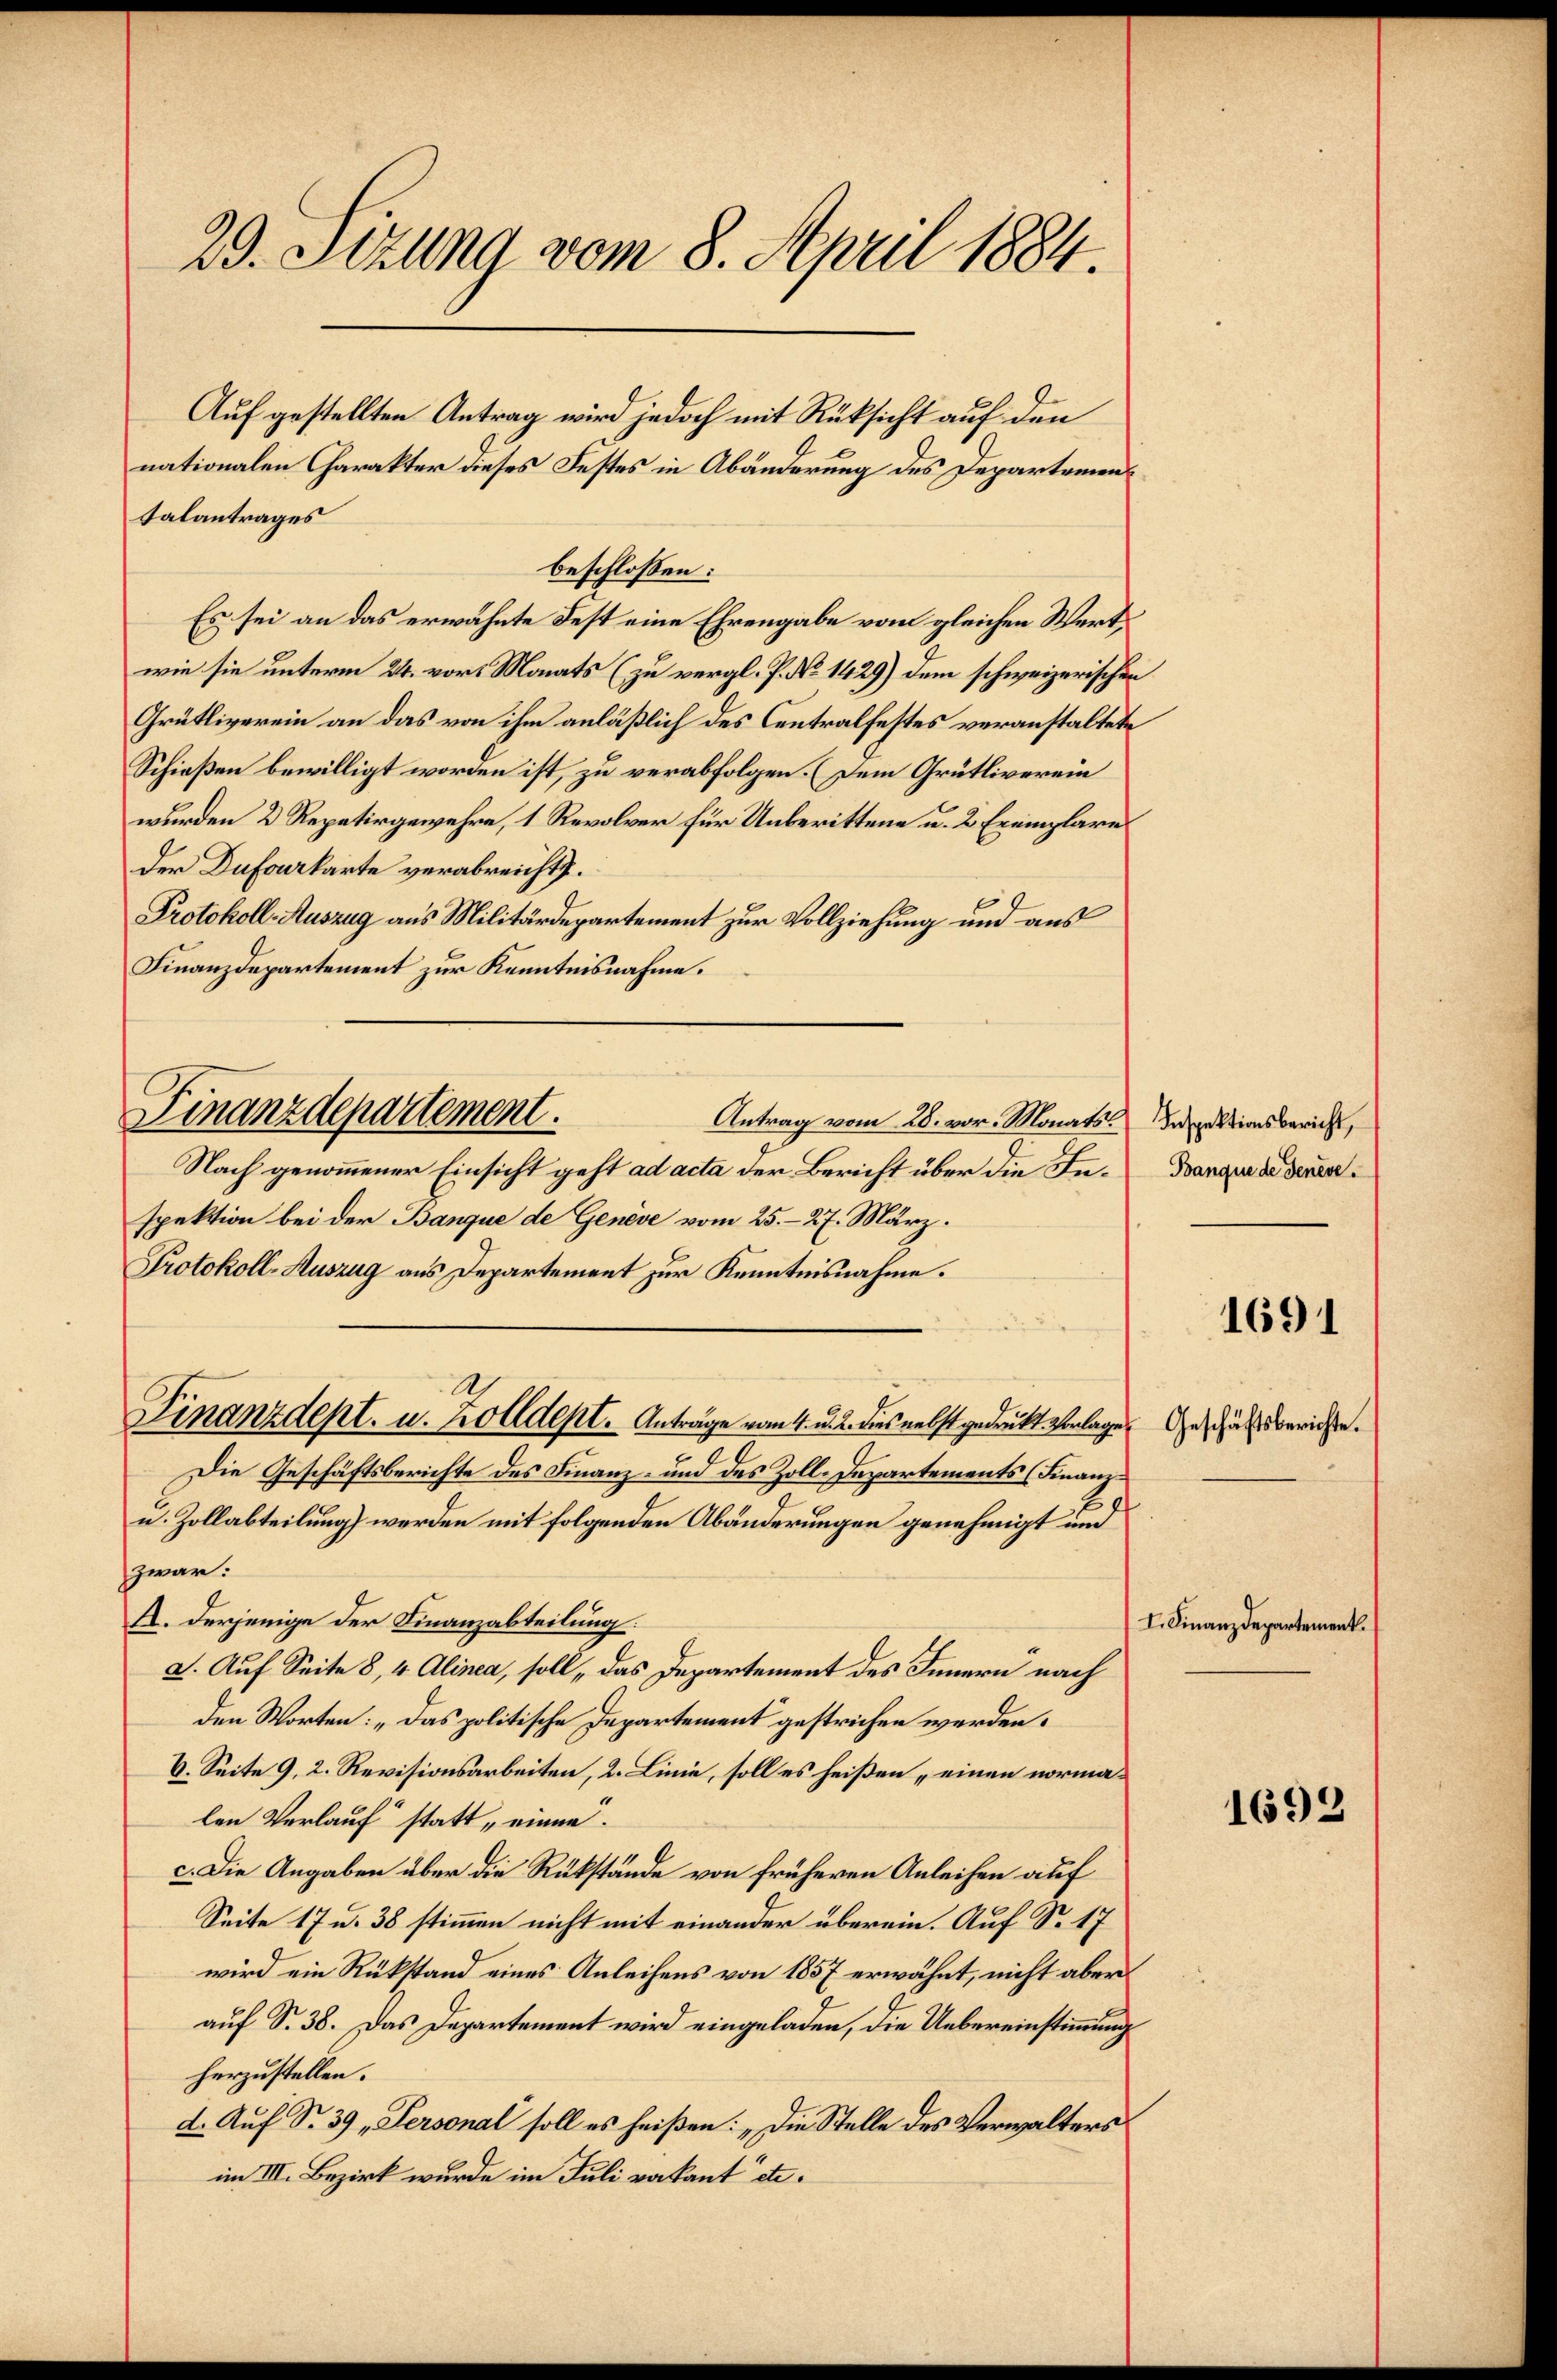
29. Setzung vom 8. April 1884.

talantrages
beschlossen:
Es sei an das erwähnte Fest eine Ehrengabe vom gleichen Wertwie sie unterm 24. vor. Monats (zu vergl. P. No 1429) dem schweizerischen
Grütliverein an das von ihm anläßlich des Centralfestes veranstaltete
Schießen bewilligt worden ist, zu verabfolgen. (Dem Grütliverein
wurden 2 Repetirgewehre, 1 Revolver für Unberittene u. 2 Exemplares
Der Dufourkarte verabreicht.
Protokoll-Auszug aus Militärdepartement zur Vollziehung und aus
Finanzdepartement zur Kenntnisnahme.
Antrag vom 28. vor. Monats Inspektionsbericht,
Nach genommener Einsicht geht ad acta der Bericht über die In- Bangen der denenspektion bei der Banque de Genève vom 25. 27. März.
Protokoll-Auszug aus Departement zur Kenntnisnahme.
A
Finanzdept. u. Zolldept.   Anträge vom 4. u. 2. dies nebst gedruckt vorlage. Geschäftsberichte.
Die Geschäftsberichte des Finanz- und des Zoll-Departements (Finanz¬
u. Zollabteilung) werden mit folgenden Abänderungen genehmigt und
zwar:
A. Derjenige der Finanzabteilung:
a. Auf Seite 8, 4 Alinea, soll das Departement des Innern nach
den Worten: „Das politische Departement gestrichen werden.
V. Seite 9, 2. Revisionsarbeiten, 2. Linie, soll es heißen „einen normalen Verlauf statt, einne.
1
c. Die Angaben über die Rükstände von früheren Anleihen auf
Seite 17 u. 38 stimmen nicht mit einander überein. Auf S. 17
wird ein Rükstand eines Anleihens von 1857 erwähnt, nicht aber
auf S. 38. Das Departement wird eingeladen, die Uebereinstimmung
herzustellen.
d. Auf Fr. 39 „Personal soll es heißen: „Die Stelle des Verwalters
im III. Bezirk wurde im Juli verkant etc.

Finanzdepartement.

Auf gestellten Antrag wird jedoch mit Rüksicht auf den
nationalen Charakter dieses Festes in Abänderung des Departemen

1691

I. Finanzdepartement.

1692